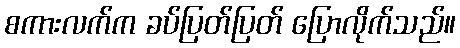
စကားလက်က ခပ်ပြတ်ပြတ် ပြောလိုက်သည်။